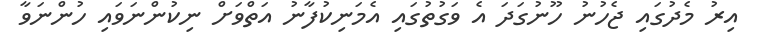
އިރު މެދުގައި ޖެހުނު ހޫނުގަދަ އެ ވަގުތުގައި އެމަނިކުފާނު އަތްވަށް ނިކުންނަވައި ހުންނަވާ